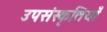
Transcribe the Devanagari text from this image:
उपसंस्कृतियाँ